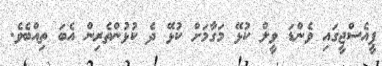
ޕީއެސްޖީގައި ވެންޑަ ވީލް ކުޅޭ މަގާމަށް ކުޅޭ ދެ ކުޅުންތެރިން އެބަ ތިއްބެވެ.